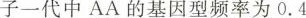
子一代中AA的基因型频率为0.4